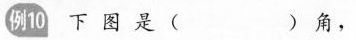
例10下图是( )角，